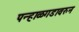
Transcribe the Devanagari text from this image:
पन्हाळगडावरुन